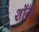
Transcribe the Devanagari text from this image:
शॉलो